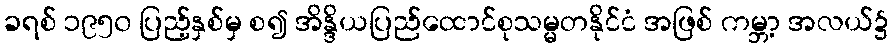
ခရစ် ၁၉၅၀ ပြည့်နှစ်မှ စ၍ အိန္ဒိယပြည်ထောင်စုသမ္မတနိုင်ငံ အဖြစ် ကမ္ဘာ့ အလယ်၌